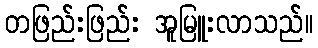
တဖြည်းဖြည်း အူမြူးလာသည်။